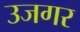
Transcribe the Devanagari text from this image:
उजगर